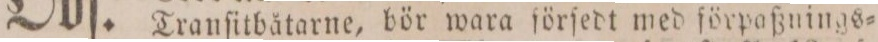
Tranſitbåtarne, bör wara förſedt med förpaßnings=